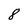
Character: 8